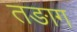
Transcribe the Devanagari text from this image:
तङाग